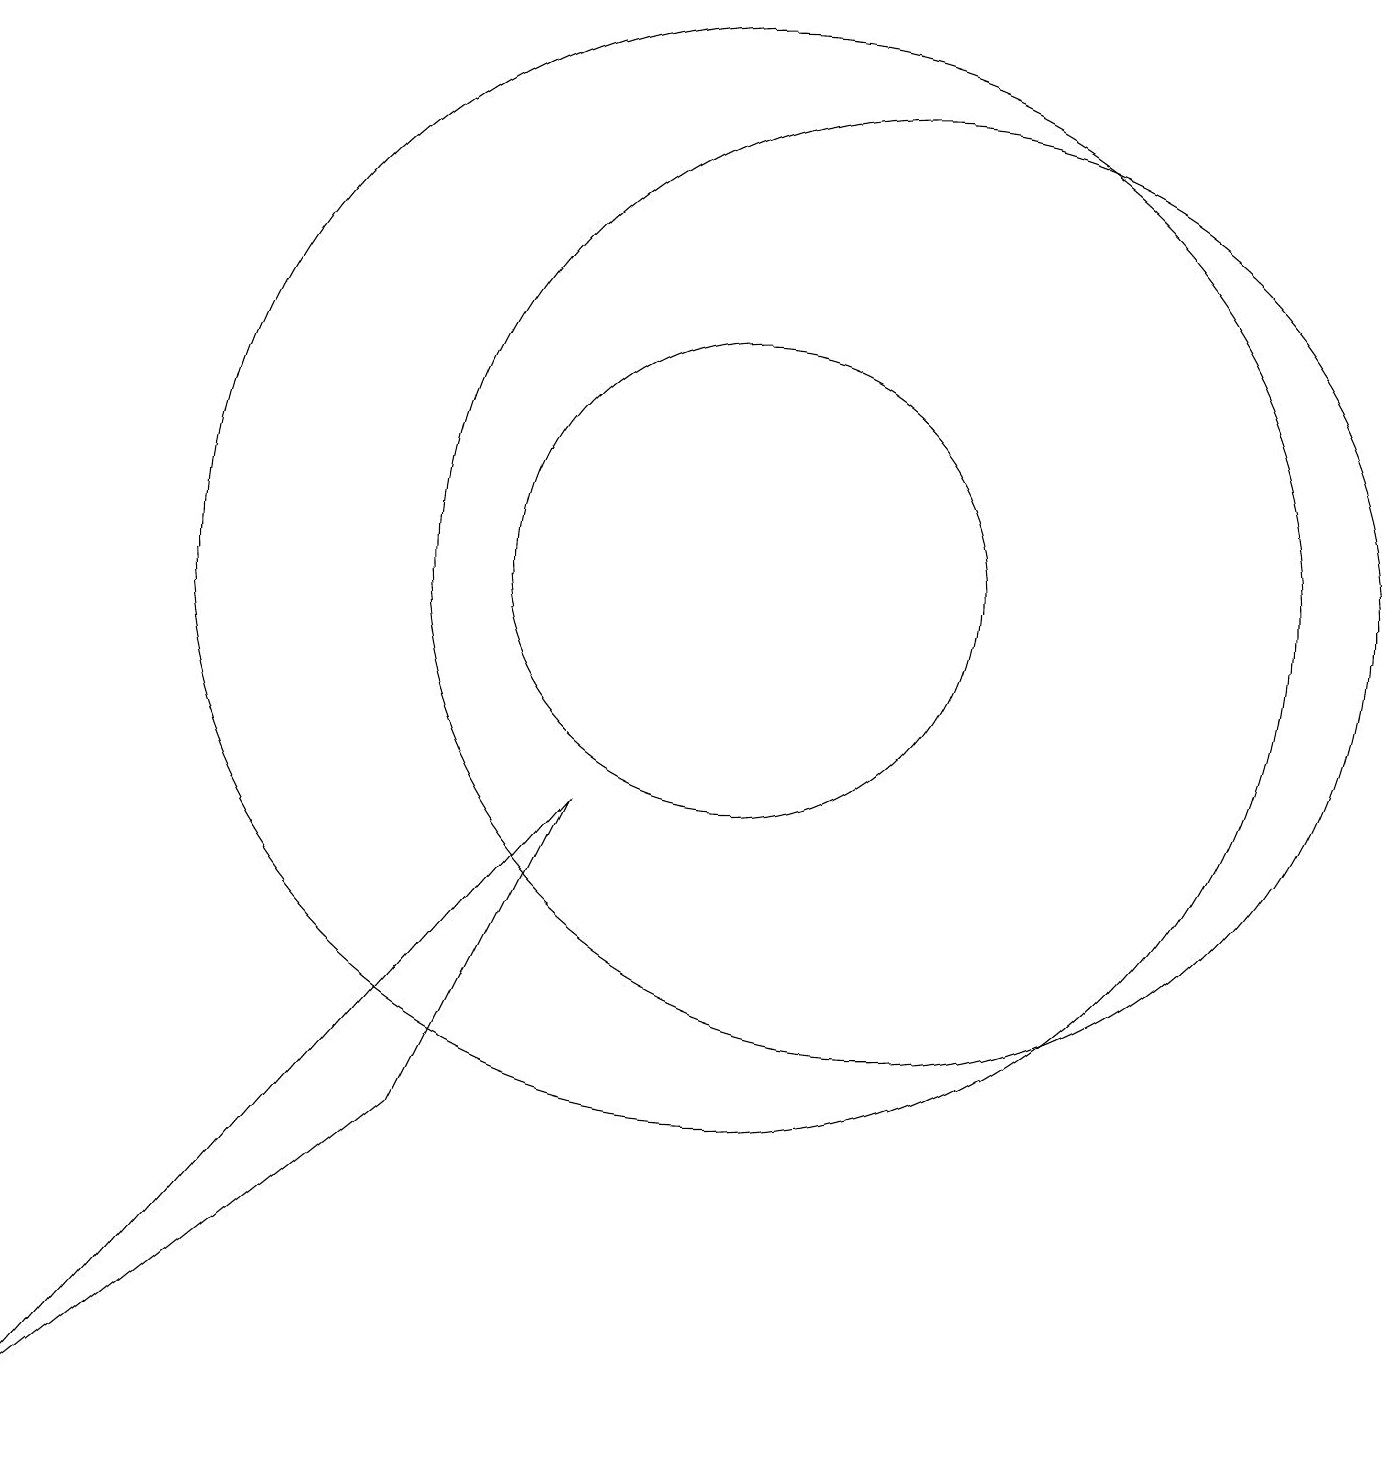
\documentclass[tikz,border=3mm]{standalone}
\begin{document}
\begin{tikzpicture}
\draw (12,11) circle (6);
\draw (8,8) -- (6,4) -- (1,0) -- cycle;
\draw (10,11) circle (7);
\draw (10,11) circle (3);
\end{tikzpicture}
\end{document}